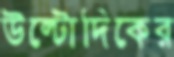
উল্টোদিকের